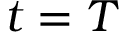
t = T